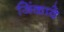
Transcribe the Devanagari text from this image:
जिंकावे